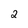
Character: 2